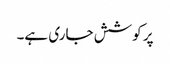
پر کوشش جاری ہے۔